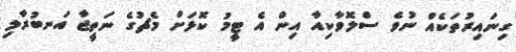
ގިނައިރުތަކެއް ނުވެ ސްލޮވާކިއާ އިން އެ ޓީމު ކޮޅަށް މެޗުގެ ނަތީޖާ އަނބުރާލި